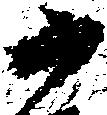
か